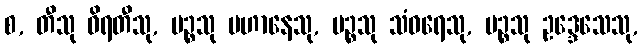
စ, တီသု ဝိရတီသု, ပဉ္စသု ပဟာနေသု, ပဉ္စသု သံဝရေသု, ပဉ္စသု ဥဒ္ဒေသေသု,